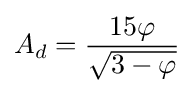
A_{d}={\frac {15\varphi }{\sqrt {3-\varphi }}}